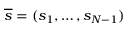
\overline { { s } } = ( s _ { 1 } , \ldots , s _ { N - 1 } )